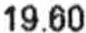
19.60